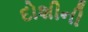
દોશીની